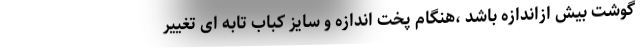
گوشت بیش ازاندازه باشد ،هنگام پخت اندازه و سایز کباب تابه ای تغییر